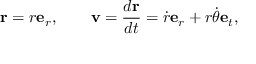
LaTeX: \mathbf { r } = r \mathbf { e } _ { r } , \qquad \mathbf { v } = { \frac { d \mathbf { r } } { d t } } = { \dot { r } } \mathbf { e } _ { r } + r { \dot { \theta } } \mathbf { e } _ { t } ,